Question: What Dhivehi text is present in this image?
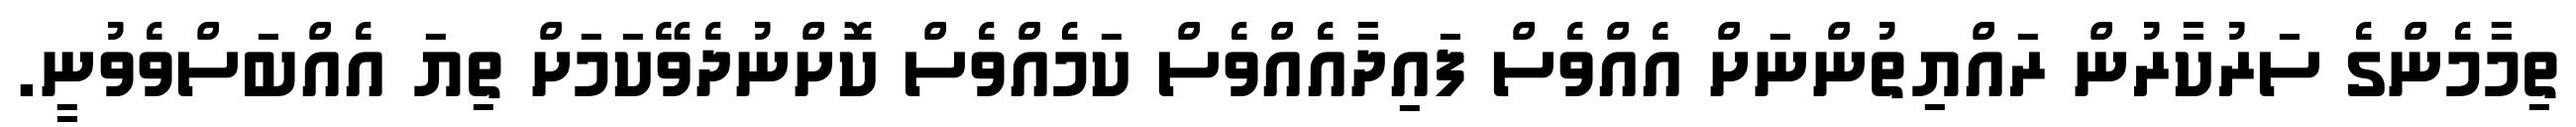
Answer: ތިމާމެންގެ ސަރުކާރުން ރައްޔިތުންނަށް އެއްވެސް ފައިދާއެއްވެސް ކަމެއްވެސް ކޮށްނުދެވޭކަމަށް ތިޔަ އެއްބަސްވެވުނީ.